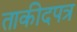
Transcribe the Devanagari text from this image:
ताकीदपत्र